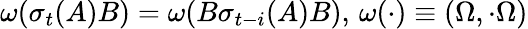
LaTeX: \omega(\sigma_{t}(A)B)=\omega(B\sigma_{t-i}(A)B),\, \omega(\cdot)\equiv\left(\Omega,\cdot\Omega\right)